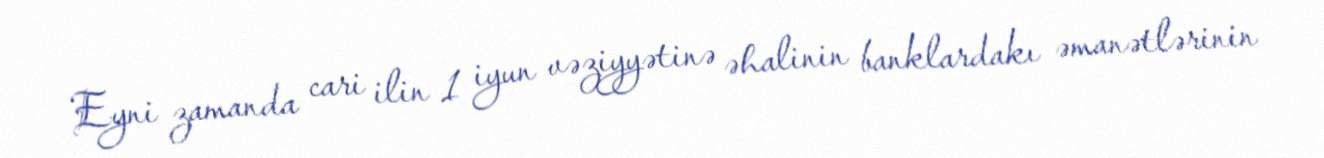
Eyni zamanda cari ilin 1 iyun vəziyyətinə əhalinin banklardakı əmanətlərinin